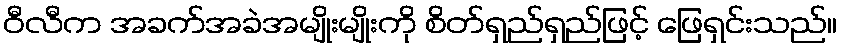
ဝီလီက အခက်အခဲအမျိုးမျိုးကို စိတ်ရှည်ရှည်ဖြင့် ဖြေရှင်းသည်။